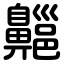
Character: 齆